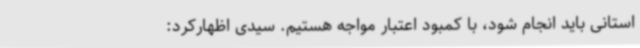
استانی باید انجام شود، با کمبود اعتبار مواجه هستیم. سیدی اظهارکرد: